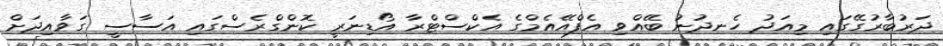
ދަރުބާރުގޭގައި މިއަދު ހެނދުނު ބޭއްވި އެފްއޭއެމްގެ އެކްސްޓްރާ އޯޑިނަރީ ކޮންގްރެސްގައި އަސާސީ ގަވާއިދަށް